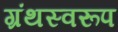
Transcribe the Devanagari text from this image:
ग्रंथस्वरूप